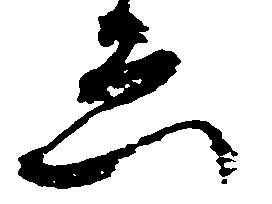
ゑ